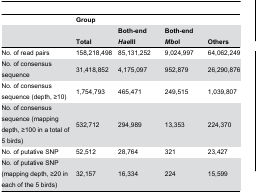
<table><thead><tr><td></td><td colspan="4"><b>Group</b></td></tr><tr><td></td><td><b>Total</b></td><td><b>Both-end <i>Hae</i>III</b></td><td><b>Both-end <i>Mbo</i>I</b></td><td><b>Others</b></td></tr></thead><tbody><tr><td>No. of read pairs</td><td>158,218,498</td><td>85,131,252</td><td>9,024,997</td><td>64,062,249</td></tr><tr><td>No. of consensus sequence</td><td>31,418,852</td><td>4,175,097</td><td>952,879</td><td>26,290,876</td></tr><tr><td>No. of consensus sequence (depth, ≥10)</td><td>1,754,793</td><td>465,471</td><td>249,515</td><td>1,039,807</td></tr><tr><td>No. of consensus sequence (mapping depth, ≥100 in a total of 5 birds)</td><td>532,712</td><td>294,989</td><td>13,353</td><td>224,370</td></tr><tr><td>No. of putative SNP</td><td>52,512</td><td>28,764</td><td>321</td><td>23,427</td></tr><tr><td>No. of putative SNP (mapping depth, ≥20 in each of the 5 birds)</td><td>32,157</td><td>16,334</td><td>224</td><td>15,599</td></tr></tbody></table>